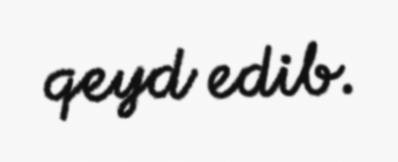
qeyd edib.